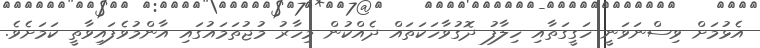
އެޅުމަށް ވިސްނަވަނީ ހަގީގަތާއި ހިލާފު ދޮގުވާހަކަތައް ދެއްކުން މިހާރު މުޖުތަމައުގައި އާންމުވެފައިވާތީ ކަމަށެވެ.